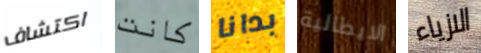
اكتشاف كانت بدانا الايطالية الازياء